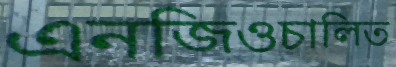
এনজিওচালিত